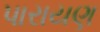
પારાયણ